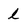
Character: l